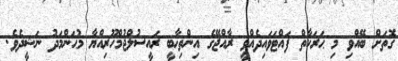
ގޮތަށް ބޭއްވި މި ޙަރަކާތް ފައްޓަވައިދެއްވީ ރާއްޖޭގެ އިންތިޚާބީ ރައީސުލްޖުމްހޫރިއްޔާ މުޙަންމަދު ނަޝީދެވެ.